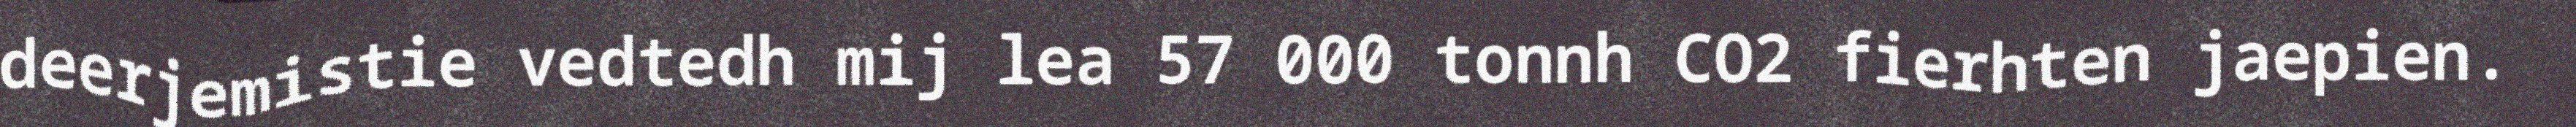
deerjemistie vedtedh mij lea 57 000 tonnh CO2 fierhten jaepien.